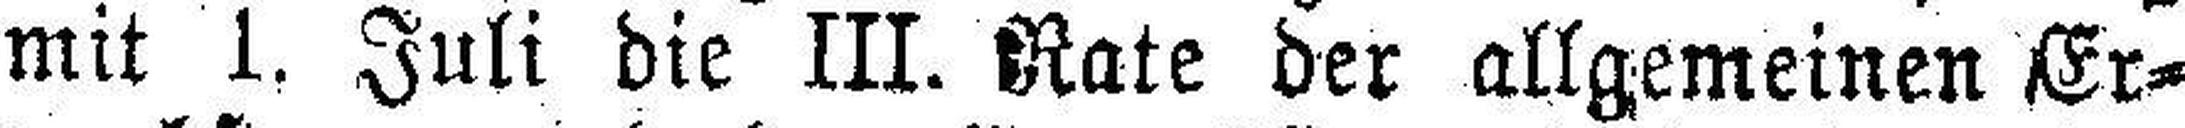
mit 1. Juli die III. Kate der allgemeinen Er¬